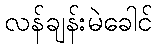
လန်ချန်းမဲခေါင်